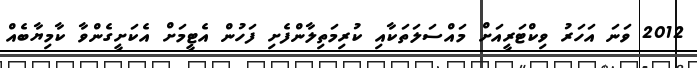
2012 ވަނަ އަހަރު ވިކްޓަރީއަށް މައްސަލަތަކާއި ކުރިމަތިލާންފެށި ފަހުން އެޓީމަށް އެކަށީގެންވާ ކާމިޔާބެއް